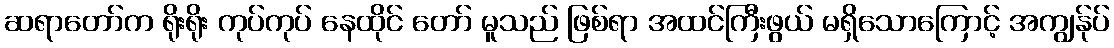
ဆရာတော်က ရိုးရိုး ကုပ်ကုပ် နေထိုင် တော် မူသည် ဖြစ်ရာ အထင်ကြီးဖွယ် မရှိသောကြောင့် အကျွန်ုပ်